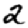
Digit: 2